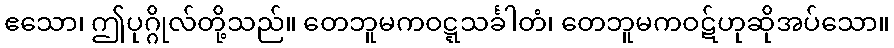
ဧသော၊ ဤပုဂ္ဂိုလ်တို့သည်။ တေဘူမကဝဋ္ဋသင်္ခါတံ၊ တေဘူမကဝဋ်ဟုဆိုအပ်သော။